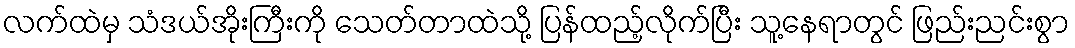
လက်ထဲမှ သံဒယ်အိုးကြီးကို သေတ်တာထဲသို့ ပြန်ထည့်လိုက်ပြီး သူ့နေရာတွင် ဖြည်းညင်းစွာ